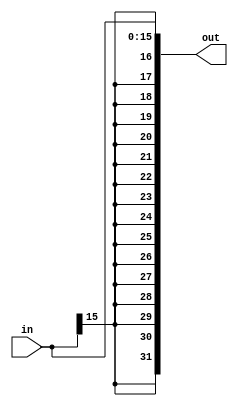
module sign_extender #(
    parameter in_width = 16,
    parameter out_width = 32
) (
    input    [in_width - 1 : 0]  in,
    output   [out_width - 1 : 0] out
);

    localparam width_dif = out_width - in_width;
    assign out = {{width_dif {in[in_width - 1]}}, in[in_width - 1 : 0]};

endmodule